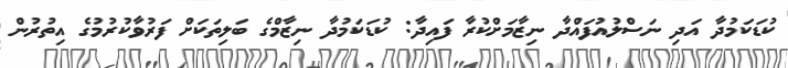
ކުޑަކަމުދާ އަދި ނަސްލުއުފައްދާ ނިޒާމަށްކުރާ ފައިދާ: ކުޑަކަމުދާ ނިޒާމްގެ ބަލިތަކަށް ފަރުވާކުރުމުގެ އިތުރުން